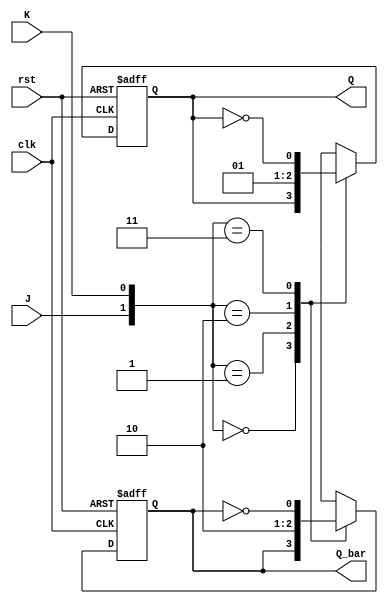
module jk_ff_negedge (
    input J,
    input K,
    input clk,
    input rst,
    output reg Q,
    output reg Q_bar
);

always @(negedge clk or posedge rst) begin
    if (rst) begin
        Q <= 1'b0;
        Q_bar <= 1'b1;
    end else begin
        case ({J,K})
            2'b00: begin
                Q <= Q;
                Q_bar <= Q_bar;
            end
            2'b01: begin
                Q <= 1'b0;
                Q_bar <= 1'b1;
            end
            2'b10: begin
                Q <= 1'b1;
                Q_bar <= 1'b0;
            end
            2'b11: begin
                Q <= ~Q;
                Q_bar <= ~Q_bar;
            end
        endcase
    end
end

endmodule